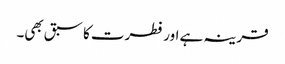
قرینہ ہے اور فطرت کا سبق بھی۔